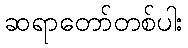
ဆရာတော်တစ်ပါး